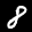
Label: 8